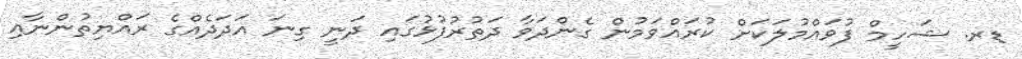
ޑރ. ޝަހީމް ފުވައްމުލަކަށް ކުރައްވަމުން ގެންދަވާ ދަތުރުފުޅުގައި ދަނީ ގިނަ އަދަދެއްގެ ރައްޔިތުންނާއި